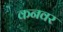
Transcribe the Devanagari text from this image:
कनवर